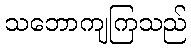
သဘောကျကြသည်